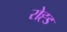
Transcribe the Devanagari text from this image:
रोह्ड